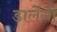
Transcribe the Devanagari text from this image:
डालेंगी